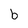
Character: b